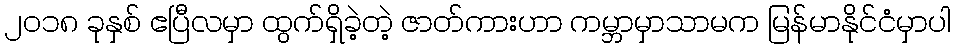
၂၀၁၈ ခုနှစ် ဧပြီလမှာ ထွက်ရှိခဲ့တဲ့ ဇာတ်ကားဟာ ကမ္ဘာမှာသာမက မြန်မာနိုင်ငံမှာပါ